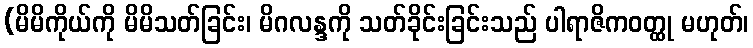
(မိမိကိုယ်ကို မိမိသတ်ခြင်း၊ မိဂလန္ဒကို သတ်ခိုင်းခြင်းသည် ပါရာဇိကဝတ္ထု မဟုတ်၊